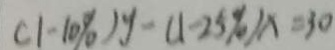
( 1 - 1 0 \% ) y - ( 1 - 2 5 \% ) x = 3 0